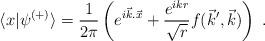
LaTeX: \begin{align*}\langle x|\psi^{(+)}\rangle=\frac{1}{2\pi}\left( e^{i\vec k.\vec x}+ \frac{e^{ikr}}{\sqrt{r}}f(\vec k',\vec k)\right)\;. \end{align*}